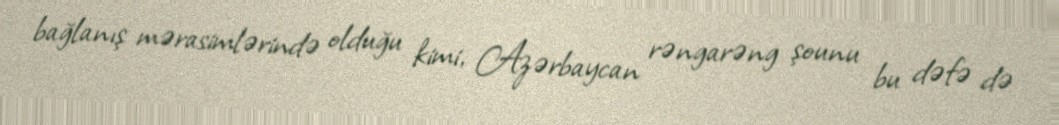
bağlanış mərasimlərində olduğu kimi, Azərbaycan rəngarəng şounu bu dəfə də